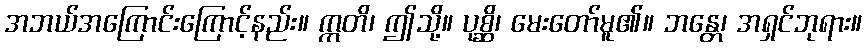
အဘယ်အကြောင်းကြောင့်နည်း။ ဣတိ၊ ဤသို့။ ပုစ္ဆိ၊ မေးတော်မူ၏။ ဘန္တေ၊ အရှင်ဘုရား။